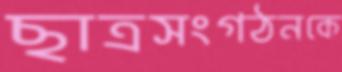
ছাত্রসংগঠনকে